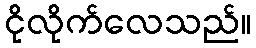
ငိုလိုက်လေသည်။